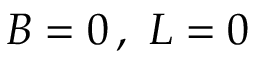
\, B = 0 \, , ~ L = 0